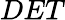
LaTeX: DET